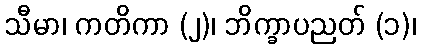
သီမာ၊ ကတိကာ (၂)၊ ဘိက္ခာပညတ် (၁)၊